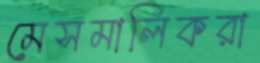
মেসমালিকরা